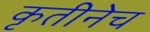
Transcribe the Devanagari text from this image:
कृतीनेच